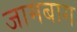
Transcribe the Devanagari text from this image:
जामबाग